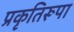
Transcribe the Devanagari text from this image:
प्रकृतिरूपा